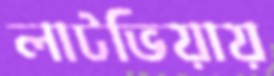
লাটভিয়ায়